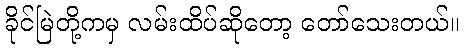
ခိုင်မြဲတို့ကမှ လမ်းထိပ်ဆိုတော့ တော်သေးတယ်။